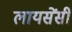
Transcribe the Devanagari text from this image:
लायसेंसी